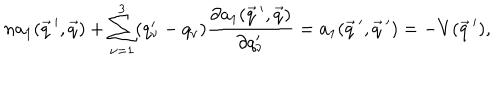
n a _ { 1 } ( \vec { q } \, ^ { \prime } , \vec { q } ) + \sum _ { \nu = 1 } ^ { 3 } ( q _ { \nu } ^ { \prime } - q _ { \nu } ) \frac { \partial a _ { 1 } ( \vec { q } \, ^ { \prime } , \vec { q } ) } { \partial q _ { \nu } ^ { \prime } } = a _ { 1 } ( \vec { q } \, ^ { \prime } , \vec { q } \, ^ { \prime } ) = - V ( \vec { q } \, ^ { \prime } ) ,